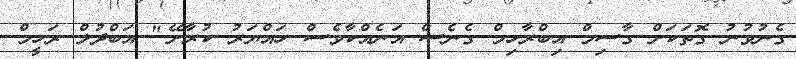
ގެނުވުނު ގޮތަކަށް ގާސިމް އިބްރާހިމް ގެނެސް އަނެއްކާވެސް ހައްޔަރު ކުރާށޭ." އަބްދުލް ރަހީމް